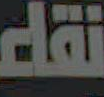
نقاء